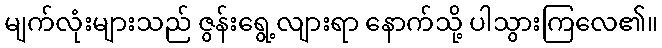
မျက်လုံးများသည် ဇွန်းရွေ့လျားရာ နောက်သို့ ပါသွားကြလေ၏။